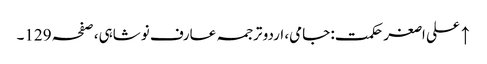
↑ علی اصغر حکمت: جامی، اردو ترجمہ عارف نوشاہی، صفحہ 129۔